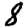
Digit: 8